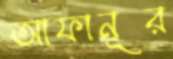
আফানূর